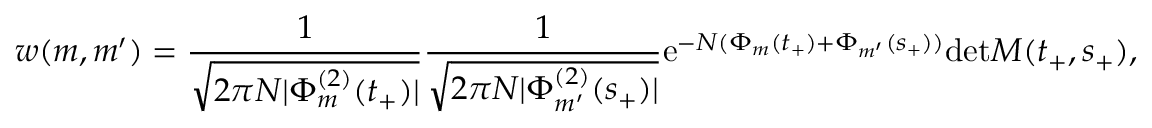
w ( m , m ^ { \prime } ) = \frac { 1 } { \sqrt { 2 \pi N | \Phi _ { m } ^ { ( 2 ) } ( t _ { + } ) | } } \frac { 1 } { \sqrt { 2 \pi N | \Phi _ { m ^ { \prime } } ^ { ( 2 ) } ( s _ { + } ) | } } \mathrm { e } ^ { - N ( \Phi _ { m } ( t _ { + } ) + \Phi _ { m ^ { \prime } } ( s _ { + } ) ) } \mathrm { d e t } M ( t _ { + } , s _ { + } ) ,